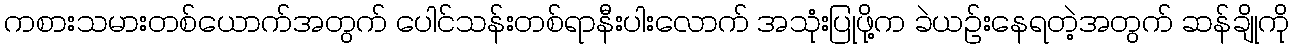
ကစားသမားတစ်ယောက်အတွက် ပေါင်သန်းတစ်ရာနီးပါးလောက် အသုံးပြုဖို့က ခဲယဉ်းနေရတဲ့အတွက် ဆန်ချိုကို